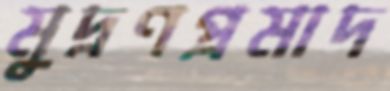
মুদ্রণপ্রমাদ